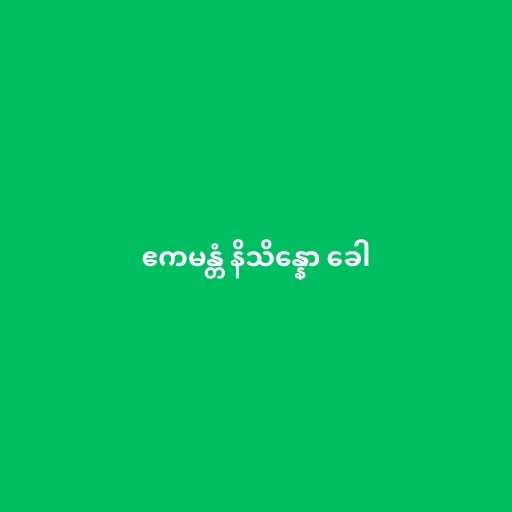
ဧကမန္တံ နိသိန္နော ခေါ